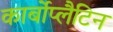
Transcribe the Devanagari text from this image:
कार्बोप्लैटिन